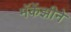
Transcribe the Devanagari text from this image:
मॅकेंझीने